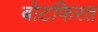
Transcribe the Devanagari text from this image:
बोटफिरत